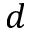
d